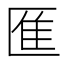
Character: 龨